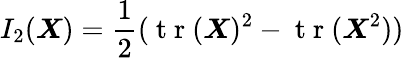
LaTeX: I_{2}(\boldsymbol{X})=\frac{1}{2}(\mathrm{~t~r~}(\boldsymbol{X})^{2}-\mathrm{~t~r~}(\boldsymbol{X}^{2}))